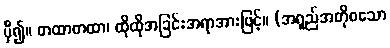
မှီ၍။ တထာတထာ၊ ထိုထိုအခြင်းအရာအားဖြင့်။ (အရှည်အတိုစသော